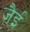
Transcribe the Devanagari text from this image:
ज़ैई